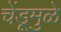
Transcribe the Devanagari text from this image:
चेंडूमुळे